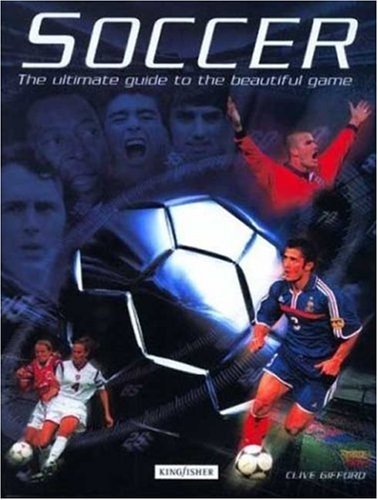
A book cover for Soccer: The Ultimate Guide to the Beautiful Game; Clive Gifford; Children's Books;